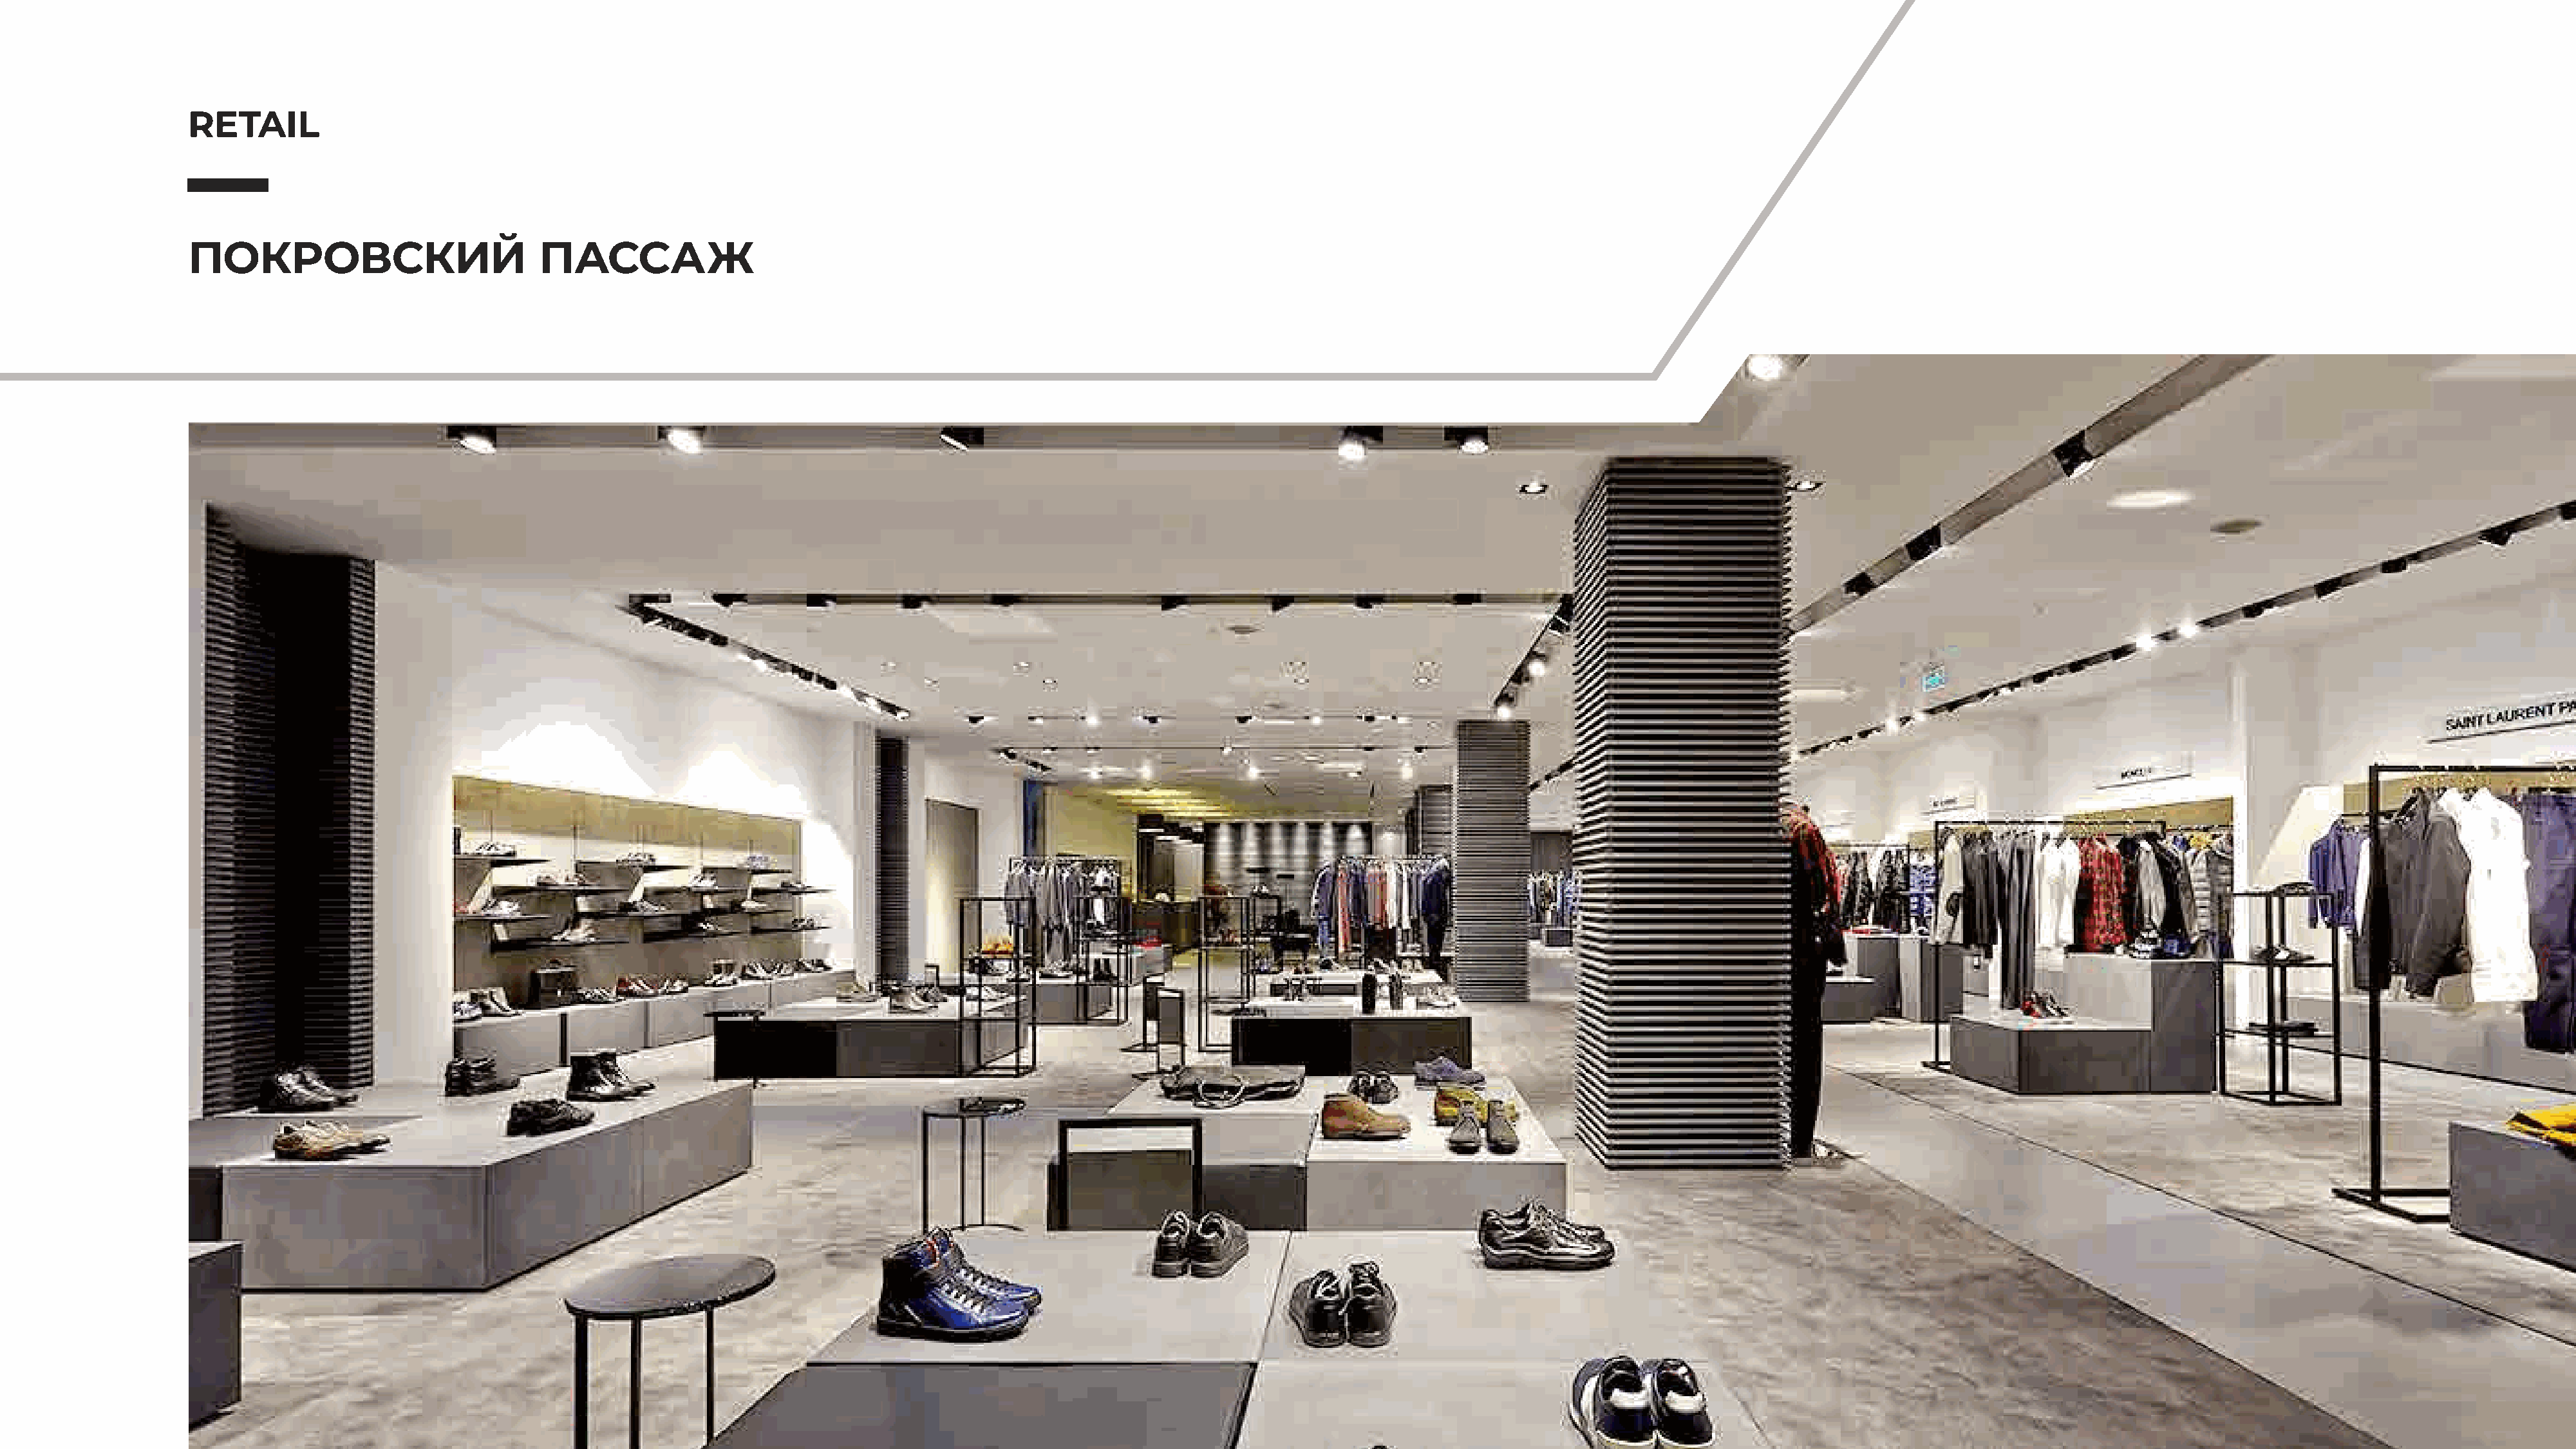
RETAIL
 ПОКРОВСКИЙ                          ПАССАЖ